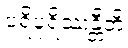
ပရိပူရိဿန္တီတိ